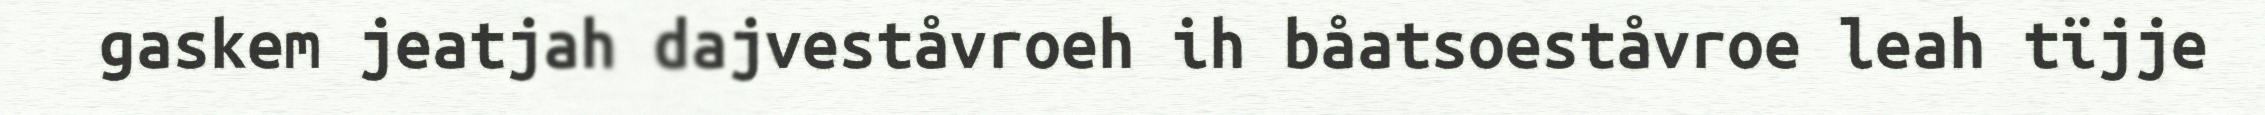
gaskem jeatjah dajveståvroeh ih båatsoeståvroe leah tïjje